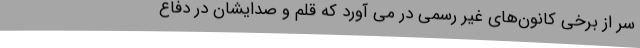
سر از برخی کانون‌های غیر رسمی در می آورد که قلم و صدایشان در دفاع